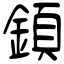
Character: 顉